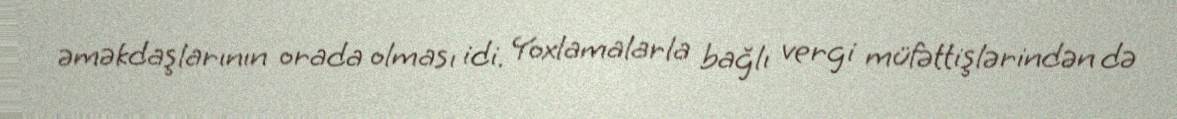
əməkdaşlarının orada olması idi. Yoxlamalarla bağlı vergi müfəttişlərindən də